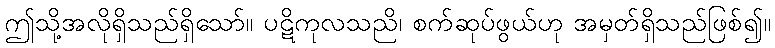
ဤသို့အလိုရှိသည်ရှိသော်။ ပဋိကုလသညိ၊ စက်ဆုပ်ဖွယ်ဟု အမှတ်ရှိသည်ဖြစ်၍။